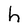
Character: h